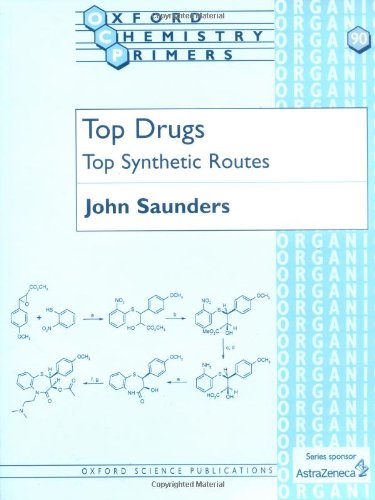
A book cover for Top Drugs: Top Synthetic Routes (Oxford Chemistry Primers); John Saunders; Medical Books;